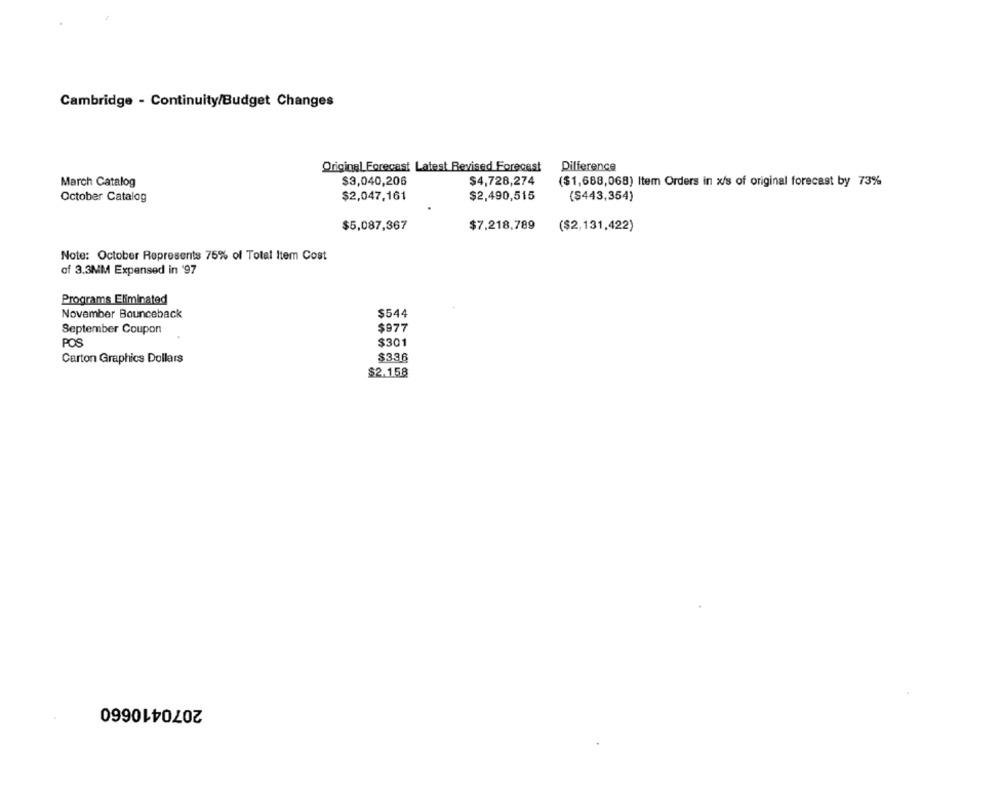
Cambridge - Continuity/Budget Changes
Difference
Original Forecast Latest Revised Forecast
March Catalog
$3,040,206
$4,728,274
($1,688,068) Item Orders in x/s of original forecast by 73%
October Catalog
$2,047,161
$2,490,515
($443,354)
$5,087,367
$7,218,789
($2,131,422)
Note: October Represents 75% of Total Item Cost
of 3.3MM Expensed in '97
Programs Eliminated
November Bounceback
$544
September Coupon
$977
POS
$301
Carton Graphics Dollars
$33.6
$2.158
2070410660